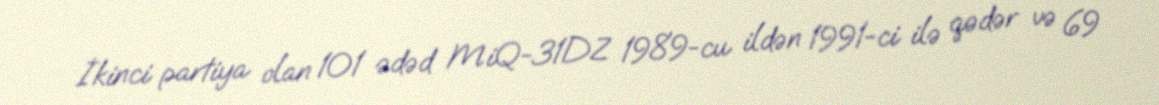
İkinci partiya olan 101 ədəd MiQ-31DZ 1989-cu ildən 1991-ci ilə qədər və 69